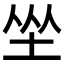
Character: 𱖦